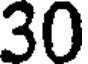
30